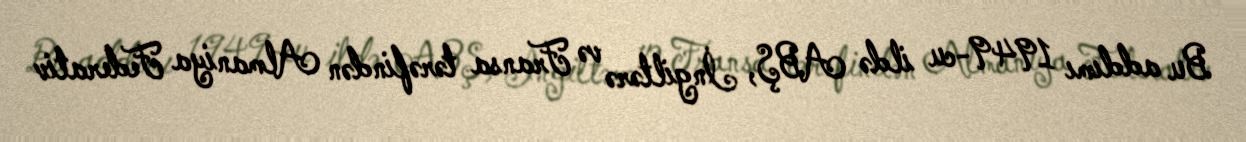
Bu addımı 1949-cu ildə ABŞ, İngiltərə və Fransa tərəfindən Almaniya Federativ